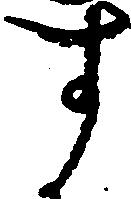
す